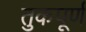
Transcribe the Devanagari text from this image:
तुकपूर्ण